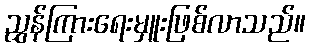
ညွှန်ကြားရေးမှူးဖြစ်လာသည်။